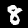
Digit: 8